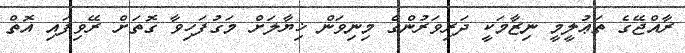
ރާއްޖޭގެ ތަޢުލީމީ ނިޒާމަކީ ދަރިވަރުންގެ މިނިވަން ޚިޔާލަށް މަގުފަހިވާ ގޮތަށް ރޭވިފައި އޮތް